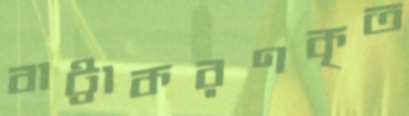
বাট্টাকরণকৃত